Scottish Leaving Certificate Examination, 1957
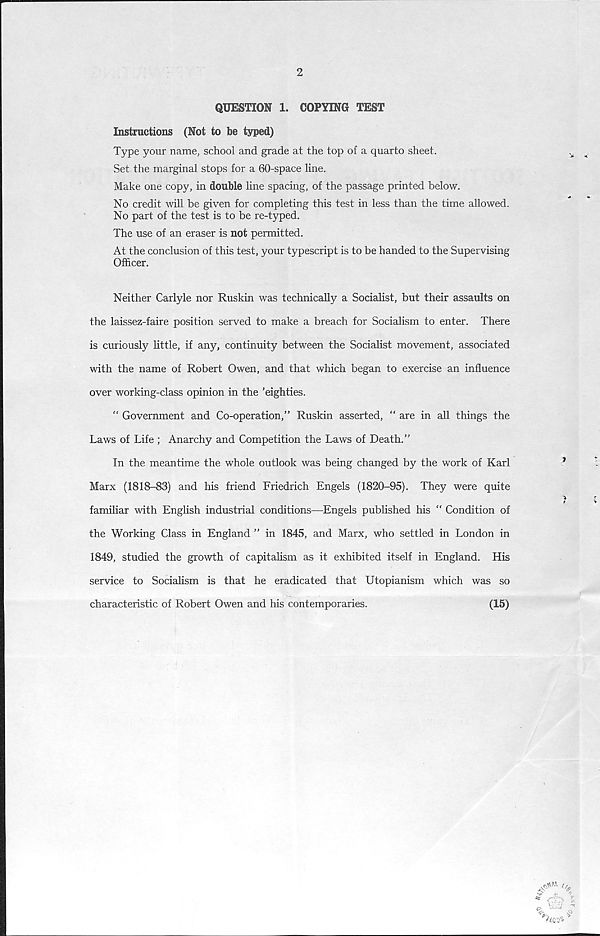
2
QUESTION 1. COPYING TEST
Instructions (Not to be typed)
Type your name, school and grade at the top of a quarto sheet.
Set the marginal stops for a 60-space line.
Make one copy, in double line spacing, of the passage printed below.
No credit will be given for completing this test in less than the time allowed.
No part of the test is to be re-typed.
The use of an eraser is not permitted.
At the conclusion of this test, your typescript is to be handed to the Supervising
Officer.
Neither Carlyle nor Ruskin was technically a Socialist, but their assaults on
the laissez-faire position served to make a breach for Socialism to enter. There
is curiously little, if any, continuity between the Socialist movement, associated
with the name of Robert Owen, and that which began to exercise an influence
over working-class opinion in the ’eighties.
“ Government and Co-operation,” Ruskin asserted, “ are in all things the
Laws of Life ; Anarchy and Competition the Laws of Death.”
In the meantime the whole outlook was being changed by the work of Karl
Marx (1818-83) and his friend Friedrich Engels (1820-95). They were quite
familiar with English industrial conditions—Engels published his “ Condition of
the Working Class in England ” in 1845, and Marx, who settled in London in
1849, studied the growth of capitalism as it exhibited itself in England. His
service to Socialism is that he eradicated that Utopianism which was so
characteristic of Robert Owen and his contemporaries.
(15)
^035 ’